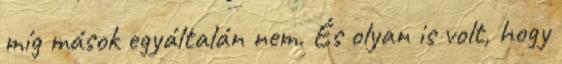
míg mások egyáltalán nem. És olyan is volt, hogy